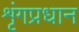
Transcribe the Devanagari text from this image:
शृंगप्रधान